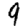
Digit: 9